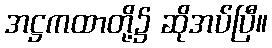
အဋ္ဌကထာတို့၌ ဆိုအပ်ပြီ။